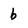
Character: b